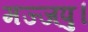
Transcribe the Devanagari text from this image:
मज्जपु।